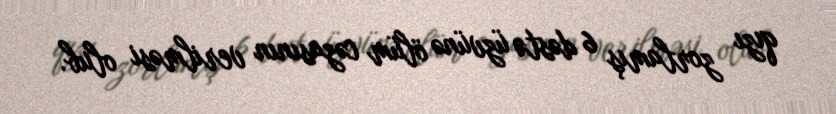
qızı zorlamış 6 dəstə üzvünə ölüm cəzasının verilməsi olub.